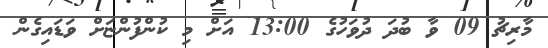
މާރިޗު 09 ވާ ބުދަ ދުވަހުގެ 13:00 އަށް މި ކުންފުންޏަށް ވަޑައިގެން